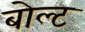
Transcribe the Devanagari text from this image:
बोल्‍ट